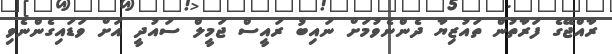
ރާއްޖޭގެ ފަރާތުން ތައުޒިޔާ ދެންނެވުމަށް ނައިބު ރައީސް ޖަމީލް ސައުދީ އަށް ވަޑައިގެންނެވި